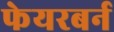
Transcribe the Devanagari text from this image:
फेयरबर्न